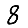
Digit: 8